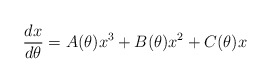
\begin{align*} \begin{array}{l} \displaystyle{\frac{dx}{d\theta}=A(\theta)x^3+B(\theta)x^2+C(\theta)x} \end{array}\end{align*}